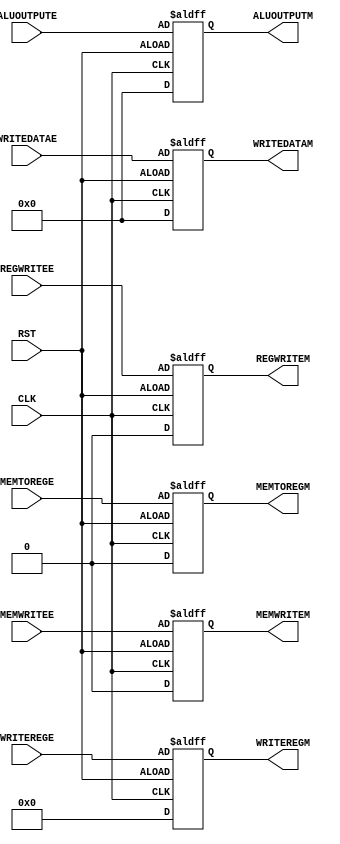
module MEMORYREGISTER (
input REGWRITEE , MEMTOREGE , MEMWRITEE ,
input [31:0] ALUOUTPUTE , WRITEDATAE ,
input [4:0] WRITEREGE ,
input CLK , RST ,
output reg REGWRITEM , MEMTOREGM , MEMWRITEM ,
output reg [31:0] ALUOUTPUTM , WRITEDATAM ,
output reg [4:0] WRITEREGM 
);
always @(posedge CLK or negedge RST) begin 
if (RST) begin 
REGWRITEM <= 1'b0 ;
MEMTOREGM <= 1'b0 ;
MEMWRITEM <= 1'b0 ;
ALUOUTPUTM <= 32'b0 ;
WRITEDATAM <= 32'b0 ; 
WRITEREGM <= 5'b0 ;
end
else begin 
REGWRITEM <= REGWRITEE ;
MEMTOREGM <= MEMTOREGE ;
MEMWRITEM <= MEMWRITEE ;
ALUOUTPUTM <= ALUOUTPUTE ;
WRITEDATAM <= WRITEDATAE ; 
WRITEREGM <= WRITEREGE ;
end
end 
endmodule